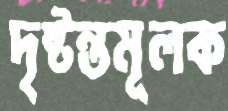
দৃষ্টন্তমূলক